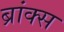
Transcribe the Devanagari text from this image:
ब्रांक्स